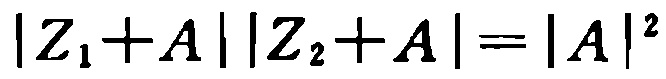
\(|Z_{1}+A||Z_{2}+A| = |A|^{2}\)